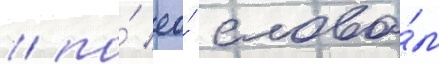
/ по́ ео́ слова́м